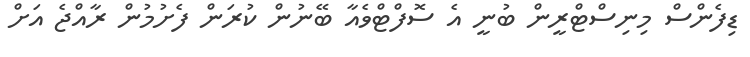
ޑިފެންސް މިނިސްޓްރީން ބުނީ އެ ސޮފްޓްވެއާ ބޭނުން ކުރަން ފެށުމުން ރާއްޖެ އަށް